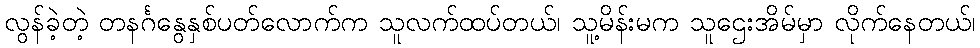
လွန်ခဲ့တဲ့ တနင်္ဂနွေနှစ်ပတ်လောက်က သူလက်ထပ်တယ်၊ သူ့မိန်းမက သူဌေးအိမ်မှာ လိုက်နေတယ်၊